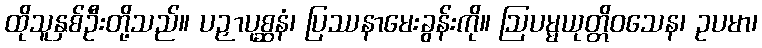
ထိုသူနှစ်ဦးတို့သည်။ ပဉှာပုစ္ဆနံ၊ ပြဿနာမေးခွန်းကို။ ဩပမ္မယုတ္တိဝသေန၊ ဥပမာ၊